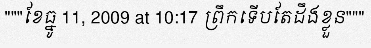
"""ខែធ្នូ 11, 2009 at 10:17 ព្រឹកទើបតែដឹងខ្លួន"""